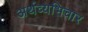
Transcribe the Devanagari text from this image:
अर्थव्यभिचार